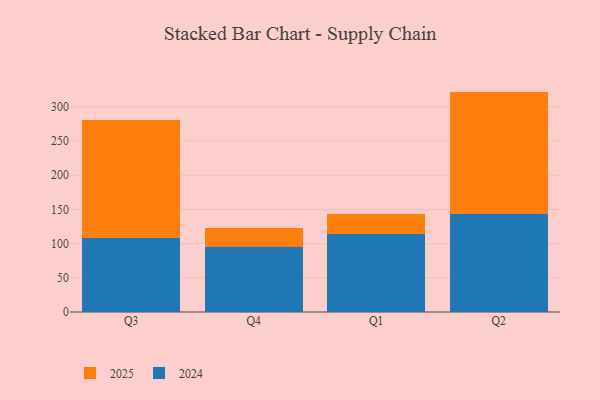
{"axis": {"x": "Quarter", "y": "Population (Million)"}, "legend": ["2024", "2025"], "data": [{"x": "Q3", "y": 171.9, "type": "2025"}, {"x": "Q3", "y": 108.1, "type": "2024"}, {"x": "Q4", "y": 27.7, "type": "2025"}, {"x": "Q4", "y": 95.0, "type": "2024"}, {"x": "Q1", "y": 30.4, "type": "2025"}, {"x": "Q1", "y": 113.4, "type": "2024"}, {"x": "Q2", "y": 178.8, "type": "2025"}, {"x": "Q2", "y": 143.4, "type": "2024"}]}